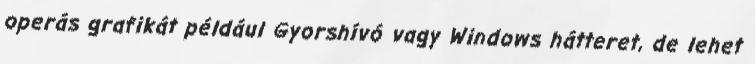
operás grafikát például Gyorshívó vagy Windows hátteret, de lehet